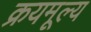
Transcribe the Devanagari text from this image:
क्रयमूल्य